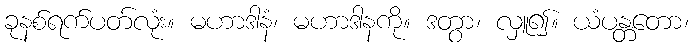
ခုနစ်ရက်ပတ်လုံး။ မဟာဒါနံ၊ မဟာဒါနကို။ ဒတွာ၊ လှူ၍။ ယံပန္တတော၊